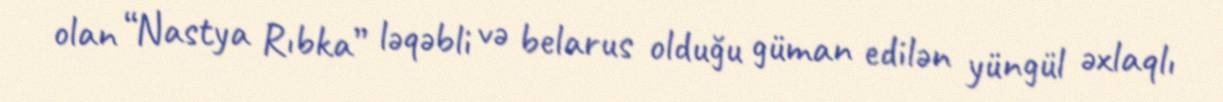
olan “Nastya Rıbka” ləqəbli və belarus olduğu güman edilən yüngül əxlaqlı